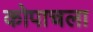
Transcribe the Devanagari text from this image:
कोपाचला